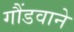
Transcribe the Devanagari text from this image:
गौंडवाने